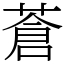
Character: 蒼